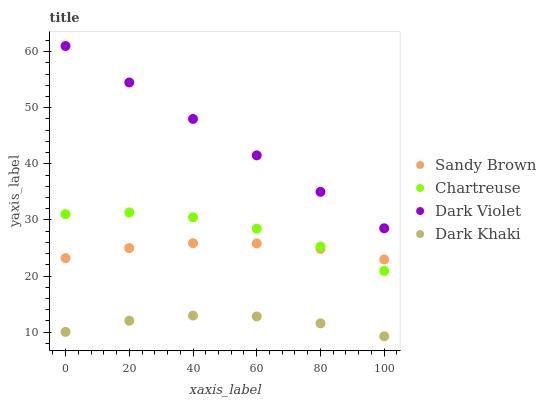
| xaxis_label | Sandy Brown | Chartreuse | Dark Violet | Dark Khaki |
 | --- | --- | --- | --- | --- |
 | 0 | 23.2 | 31 | 61 | 10 |
 | 20 | 25 | 31.3 | 54.5 | 12 |
 | 40 | 25.9 | 30.5 | 48 | 13 |
 | 60 | 25.8 | 28.5 | 41.5 | 12.8 |
 | 80 | 24.8 | 25.3 | 35 | 11.6 |
 | 100 | 23 | 20.9 | 28.5 | 9.27 |